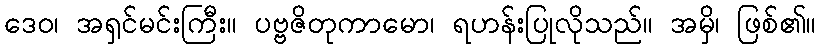
ဒေဝ၊ အရှင်မင်းကြီး။ ပဗ္ဗဇိတုကာမော၊ ရဟန်းပြုလိုသည်။ အမှိ၊ ဖြစ်၏။